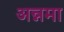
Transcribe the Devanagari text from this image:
अन्नमा